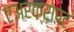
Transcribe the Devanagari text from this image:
एअरक्राप्ट